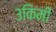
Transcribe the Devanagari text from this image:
३किमी